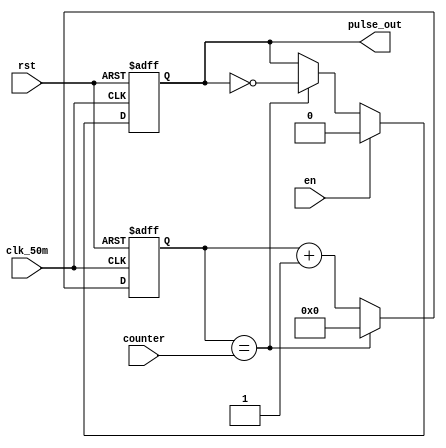
module Pulse (

     //input

     clk_50m ,      //system clock;

     counter,       //
     
     rst,           //system reset, low is active

     en,

     //output

     pulse_out,     //?????o?3???3?

   );

//parameter define

parameter WIDTH1 = 20;

parameter WIDTH2 = 27;


//input ports


input clk_50m;

input rst;

input en;


input [WIDTH1-1:0]counter;       


//output ports


output wire pulse_out;

//?D??????????????????????|?


reg pulse;

reg [WIDTH2-1:0]div_cnt;

wire [WIDTH1-1:0]counter1;


//

assign counter1 = counter;

always @ (posedge clk_50m or negedge rst)begin

       if(!rst)

           div_cnt<=27'b0;

       else if(div_cnt==counter1)

           div_cnt<=27'b0;

       else

           div_cnt<=div_cnt+1'b1;

end


always @ (posedge clk_50m or negedge rst)begin

       if(!rst)

           pulse<=1'b0;

       else begin

           if(en==1)begin

              pulse<=1'b0;
           end

           else begin

              if (div_cnt==counter1)

                  pulse<=~pulse;

              else
                  pulse<=pulse;
              end
       end

end

assign pulse_out = pulse;

endmodule